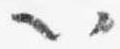
以